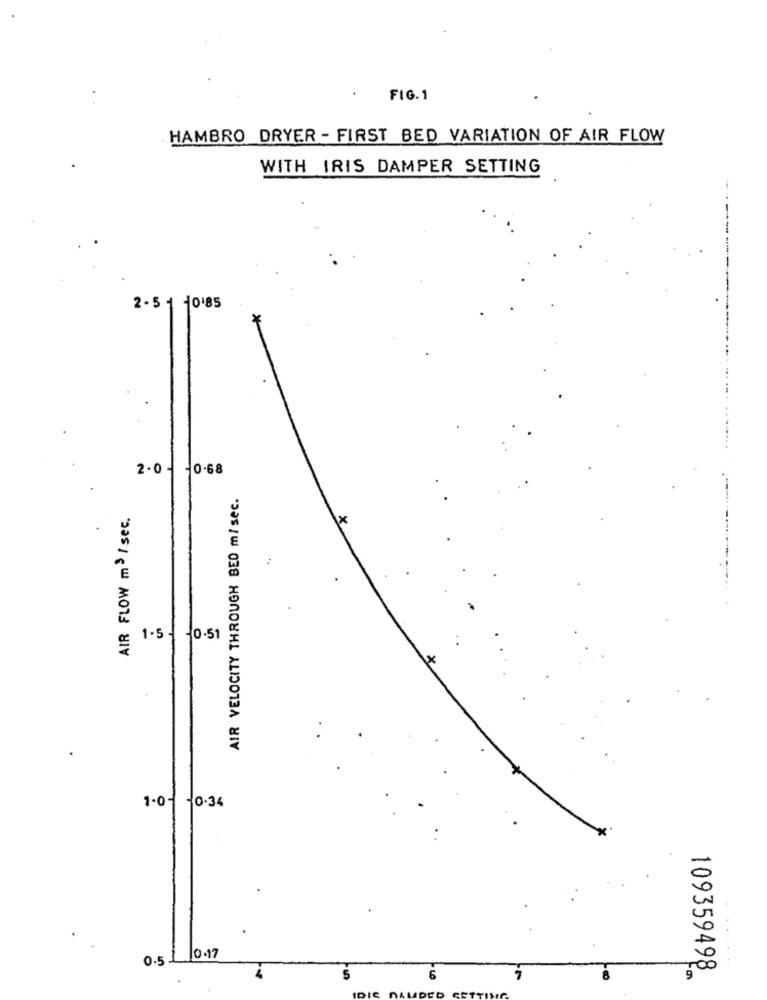
FIG. 1
HAMBRO DRYER - FIRST BED VARIATION OF AIR FLOW
WITH IRIS DAMPER SETTING
2 . 5 1 10'85
2.0 - - 0.68
AIR VELOCITY THROUGH BED m/ sec.
AIR FLOW m3 /sec.
x
.
1.5 - - 0.51
1.01 -0.34
0.17
0.5
109359498